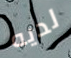
لديه